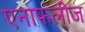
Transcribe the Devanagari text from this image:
एनाफलीज